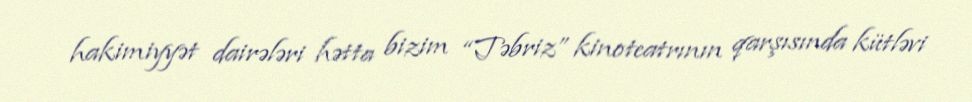
hakimiyyət dairələri hətta bizim “Təbriz” kinoteatrının qarşısında kütləvi